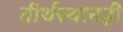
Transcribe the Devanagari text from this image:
तीर्थस्थानही